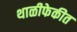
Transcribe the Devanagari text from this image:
थाळीफेकीत